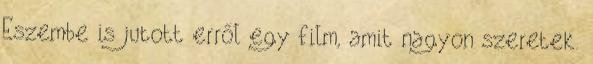
Eszembe is jutott erről egy film, amit nagyon szeretek.